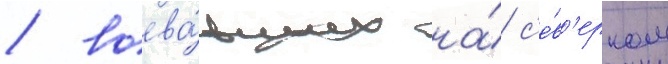
/ воева́вших на́ с'е́в'ерном